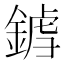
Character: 𨩝